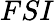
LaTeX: FSI